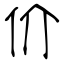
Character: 价